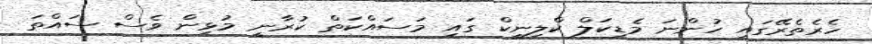
ހެރެތެރޭގައި ހުންނަ މެޑިކަލް ކްލިނިކް ގައި މަސައްކަތް ކުރާނީ މުޅިން ވެސް ސައްތަ